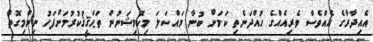
އެއިދާރާގެ އެއްވެސް ވެރިއެއްގެ ހުއްދަނެތި ކަމަށް ބުނާ މައްސަލަ މިކޮމިޝަނުން ތަޙްޤީޤުކުރުމަށްފަހު ނިންމިގޮތް